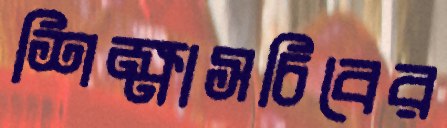
শিক্ষাসচিবের